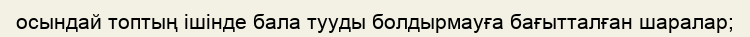
осындай топтың ішінде бала тууды болдырмауға бағытталған шаралар;